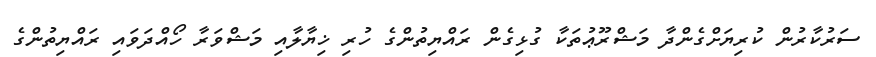
ސަރުކާރުން ކުރިޔަށްގެންދާ މަޝްރޫޢުތަކާ ގުޅިގެން ރައްޔިތުންގެ ހުރި ޚިޔާލާއި މަޝްވަރާ ހޯއްދަވައި ރައްޔިތުންގެ